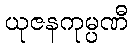
ယုဇနကုမ္ပဏီ